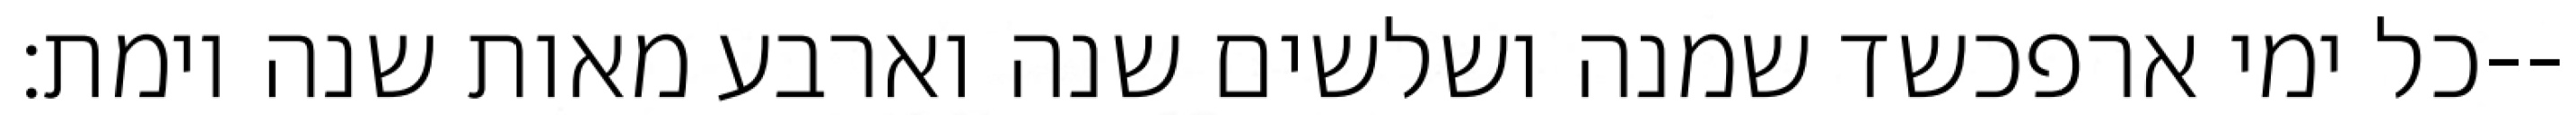
כל ימי ארפכשד שמנה ושלשים שנה וארבע מאות שנה וימת׃--